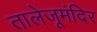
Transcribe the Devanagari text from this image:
तालेजूमंदिर